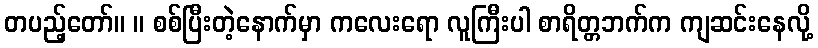
တပည့်တော်။ ။ စစ်ပြီးတဲ့နောက်မှာ ကလေးရော လူကြီးပါ စာရိတ္တဘက်က ကျဆင်းနေလို့